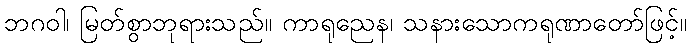
ဘဂဝါ၊ မြတ်စွာဘုရားသည်။ ကာရုညေန၊ သနားသောကရုဏာတော်ဖြင့်။